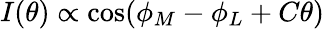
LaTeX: I(\theta)\propto\cos(\phi_{M}-\phi_{L}+C\theta)